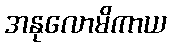
အနုလောမိကာယ